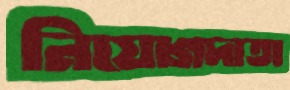
নিয়োগদাতা